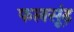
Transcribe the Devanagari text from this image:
फलसूंढ़